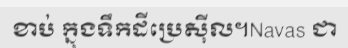
ខាប់ ក្នុងទឹកដីប្រេស៊ីល។Navas ជា